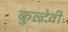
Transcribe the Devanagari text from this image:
कुल्देवी